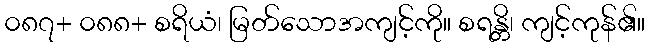
၀၈၇+ ၀၈၈+ စရိယံ၊ မြတ်သောအကျင့်ကို။ စရန္တိ၊ ကျင့်ကုန်၏။